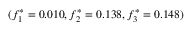
( f _ { 1 } ^ { * } = 0 . 0 1 0 , f _ { 2 } ^ { * } = 0 . 1 3 8 , f _ { 3 } ^ { * } = 0 . 1 4 8 )